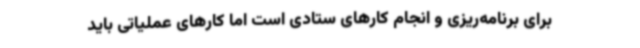
برای برنامه‌ریزی و انجام کارهای ستادی است اما کارهای عملیاتی باید